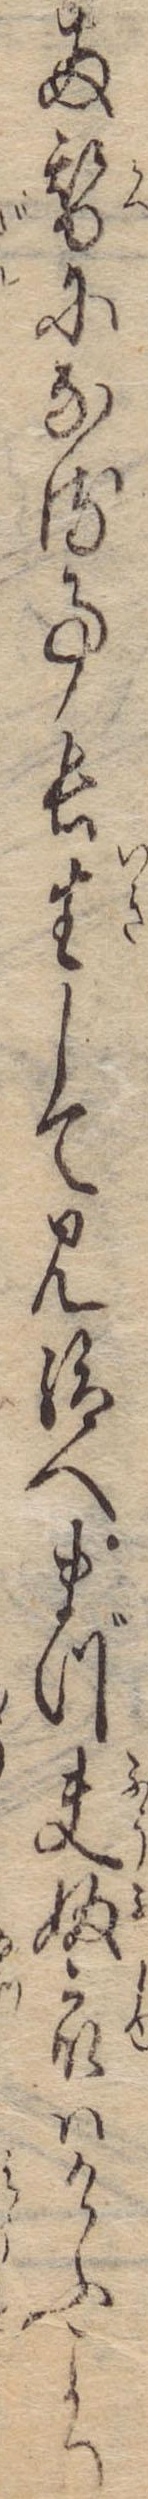
両替になる事長生して見給へまづ夫婦衆はけふより